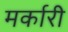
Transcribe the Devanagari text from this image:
मर्कारी